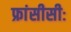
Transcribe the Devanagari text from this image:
फ्रांसीसीः